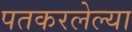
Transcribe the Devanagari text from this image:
पतकरलेल्या